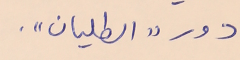
دور "الطليان".